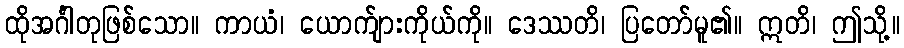
ထိုအင်္ဂါတုဖြစ်သော။ ကာယံ၊ ယောက်ျားကိုယ်ကို။ ဒေဿတိ၊ ပြတော်မူ၏။ ဣတိ၊ ဤသို့။